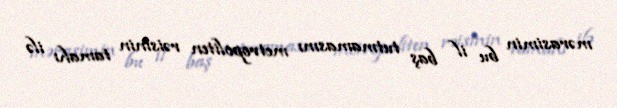
mərasimin bu il baş tutmamasını metropoliten rəisinin tamahı ilə